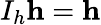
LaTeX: I_{h}\mathbf{h}=\mathbf{h}